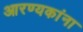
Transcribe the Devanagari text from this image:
आरण्यकांना